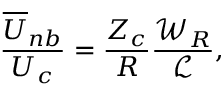
\frac { \overline { { U } } _ { n b } } { U _ { c } } = \frac { Z _ { c } } { R } \frac { \mathcal { W } _ { R } } { \mathscr { L } } ,